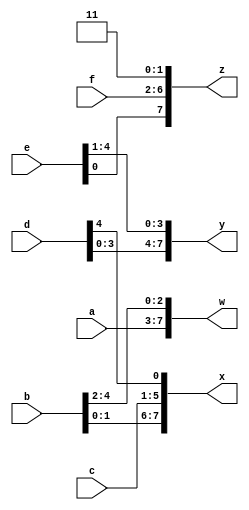
module top_module (
    input [4:0] a, b, c, d, e, f,
    output [7:0] w, x, y, z );
    
    wire [31:0] concat_reg; 
    assign concat_reg = {a[4:0], b[4:0], c[4:0], d[4:0], e[4:0], f[4:0], 2'b11};
    assign w = concat_reg[31:24];
    assign x = concat_reg[23:16];
    assign y = concat_reg[15:8];
    assign z = concat_reg[7:0];
    
endmodule